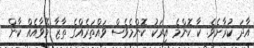
އާދަ ކުރާށެވެ. ކާ ކޮންމެ އިރަކު ކޮންމެވެސް ވައްތަރެއްގެ ތާޒާ މޭވާއެއް ކާން